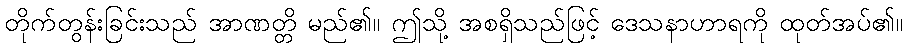
တိုက်တွန်းခြင်းသည် အာဏတ္တိ မည်၏။ ဤသို့ အစရှိသည်ဖြင့် ဒေသနာဟာရကို ထုတ်အပ်၏။